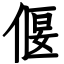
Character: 偃